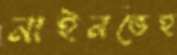
নাইনভেহ